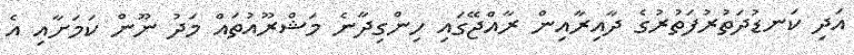
އަދި ކަނޑުދަތުރުފަތުރުގެ ދާއިރާއިން ރާއްޖޭގައި ހިންގިދާނެ މަޝްރޫއުތައް މަދު ނޫން ކަމަށާއި އެ